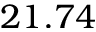
2 1 . 7 4